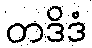
တဒိဒံ